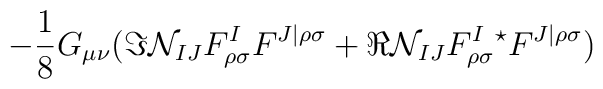
- \frac{1}{8} G_{\mu \nu} ( \Im {\cal N}_{IJ} F^I_{\rho \sigma } F^{J|\rho \sigma}+ \Re {\cal N}_{IJ} F^I_{\rho \sigma}  {}^{\star}F^{J|\rho \sigma } )